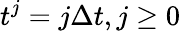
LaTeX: t^{j}=j\Delta t,j\ge 0